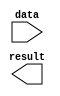
// megafunction wizard: %LPM_ABS%VBB%
// GENERATION: STANDARD
// VERSION: WM1.0
// MODULE: lpm_abs 

// ============================================================
// Megafunction Name(s):
// 			lpm_abs
//
// Simulation Library Files(s):
// 			lpm
// ============================================================
// ************************************************************
// THIS IS A WIZARD-GENERATED FILE. DO NOT EDIT THIS FILE!
//
// 9.0 Build 132 02/25/2009 SJ Full Version
// ************************************************************

//Copyright (C) 1991-2009 Altera Corporation
//Your use of Altera Corporation's design tools, logic functions 
//and other software and tools, and its AMPP partner logic 
//functions, and any output files from any of the foregoing 
//(including device programming or simulation files), and any 
//associated documentation or information are expressly subject 
//to the terms and conditions of the Altera Program License 
//Subscription Agreement, Altera MegaCore Function License 
//Agreement, or other applicable license agreement, including, 
//without limitation, that your use is for the sole purpose of 
//programming logic devices manufactured by Altera and sold by 
//Altera or its authorized distributors.  Please refer to the 
//applicable agreement for further details.

module ABS (
	data,
	result);

	input	[29:0]  data;
	output	[29:0]  result;

endmodule

// ============================================================
// CNX file retrieval info
// ============================================================
// Retrieval info: PRIVATE: INTENDED_DEVICE_FAMILY STRING "Cyclone III"
// Retrieval info: PRIVATE: OptionalOverflowOutput NUMERIC "0"
// Retrieval info: PRIVATE: SYNTH_WRAPPER_GEN_POSTFIX STRING "0"
// Retrieval info: PRIVATE: nBit NUMERIC "30"
// Retrieval info: CONSTANT: LPM_TYPE STRING "LPM_ABS"
// Retrieval info: CONSTANT: LPM_WIDTH NUMERIC "30"
// Retrieval info: USED_PORT: data 0 0 30 0 INPUT NODEFVAL data[29..0]
// Retrieval info: USED_PORT: result 0 0 30 0 OUTPUT NODEFVAL result[29..0]
// Retrieval info: CONNECT: @data 0 0 30 0 data 0 0 30 0
// Retrieval info: CONNECT: result 0 0 30 0 @result 0 0 30 0
// Retrieval info: LIBRARY: lpm lpm.lpm_components.all
// Retrieval info: GEN_FILE: TYPE_NORMAL ABS.v TRUE
// Retrieval info: GEN_FILE: TYPE_NORMAL ABS.inc TRUE
// Retrieval info: GEN_FILE: TYPE_NORMAL ABS.cmp TRUE
// Retrieval info: GEN_FILE: TYPE_NORMAL ABS.bsf TRUE FALSE
// Retrieval info: GEN_FILE: TYPE_NORMAL ABS_inst.v TRUE
// Retrieval info: GEN_FILE: TYPE_NORMAL ABS_bb.v TRUE
// Retrieval info: LIB_FILE: lpm